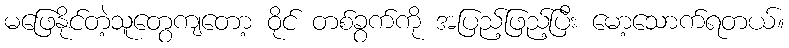
မဖြေနိုင်တဲ့သူတွေကျတော့ ဝိုင် တစ်ခွက်ကို အပြည့်ဖြည့်ပြီး မော့သောက်ရတယ်။